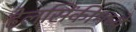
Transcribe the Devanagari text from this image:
हेलसिंकीमध्ये